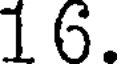
1 6.